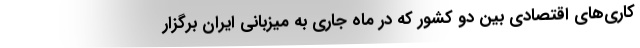
کاری‌های اقتصادی بین دو کشور که در ماه جاری به میزبانی ایران برگزار